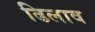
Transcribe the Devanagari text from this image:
ढिलाव